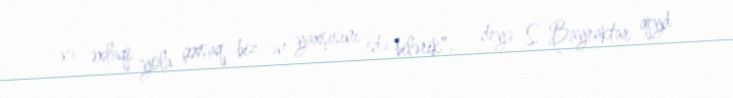
və əxlaqi yola çıxsaq biz ən yaxşısını edə bilərik", - deyə S. Bayraktar qeyd